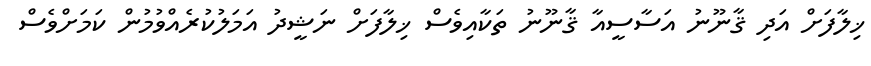
ޚިލާފަށް އަދި ޤާނޫނު އަސާސީއާ ޤާނޫނު ތަކާއިވެސް ޚިލާފަށް ނަޝީދު އަމަލުކުރެއްވުމުން ކަމަށްވެސް